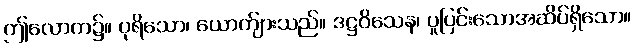
ဤလောက၌။ ပုရိသော၊ ယောက်ျားသည်။ ဒဋ္ဌဝိသေန၊ ပူပြင်းသောအဆိပ်ရှိသော။